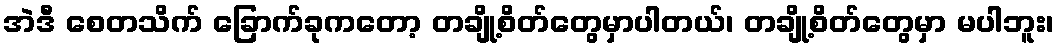
အဲဒီ စေတသိက် ခြောက်ခုကတော့ တချို့စိတ်တွေမှာပါတယ်၊ တချို့စိတ်တွေမှာ မပါဘူး၊